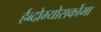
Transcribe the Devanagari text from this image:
र्हब्दोम्योसर्कोमा